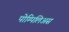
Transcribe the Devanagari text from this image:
पोम्पिलिअस